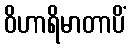
ဝိဟာရိမာတာပိံ